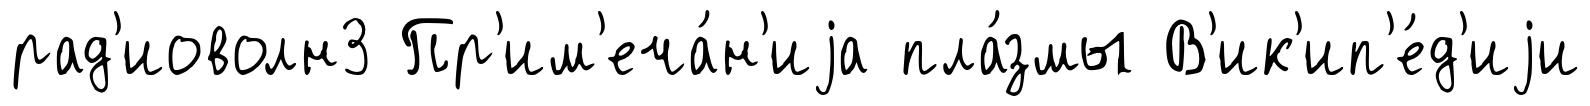
рад'иоволн3 Пр'им'еча́н'иjа пла́змы В'ик'ип'е́д'иjи